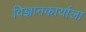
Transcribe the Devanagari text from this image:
विज्ञानकार्याला